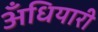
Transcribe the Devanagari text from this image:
अँधियारी